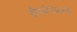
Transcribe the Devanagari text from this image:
औषधोपचारही